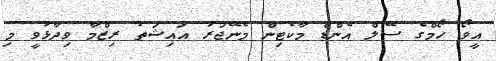
އީވޯ ހޯމްގެ ސޭލް އެންޑް މާކެޓިން މެނޭޖަރު އައިޝަތު ރިޒްމާ ވިދާޅުވީ މި